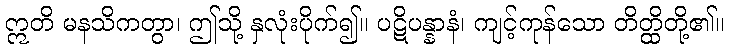
ဣတိ မနသိကတွာ၊ ဤသို့ နှလုံးပိုက်၍။ ပဋိပန္နာနံ၊ ကျင့်ကုန်သော တိတ္ထိတို့၏။